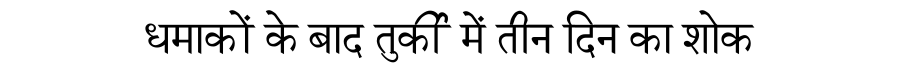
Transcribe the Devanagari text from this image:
धमाकों के बाद तुर्की में तीन दिन का शोक